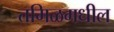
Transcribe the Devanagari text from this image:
तमिळमधील